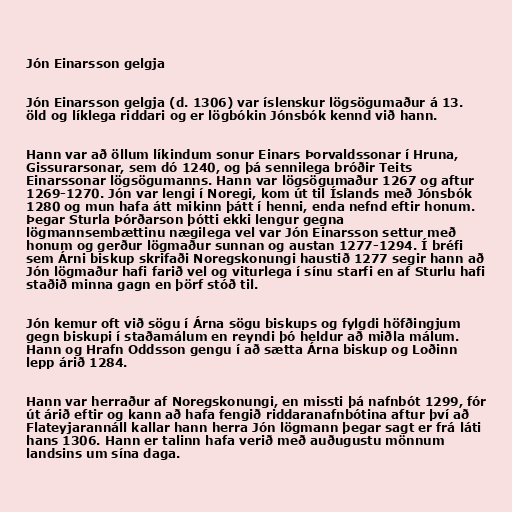
Jón Einarsson gelgja

Jón Einarsson gelgja (d. 1306) var íslenskur lögsögumaður á 13.
öld og líklega riddari og er lögbókin Jónsbók kennd við hann.

Hann var að öllum líkindum sonur Einars Þorvaldssonar í Hruna,
Gissurarsonar, sem dó 1240, og þá sennilega bróðir Teits
Einarssonar lögsögumanns. Hann var lögsögumaður 1267 og aftur
1269-1270. Jón var lengi í Noregi, kom út til Íslands með Jónsbók
1280 og mun hafa átt mikinn þátt í henni, enda nefnd eftir honum.
Þegar Sturla Þórðarson þótti ekki lengur gegna
lögmannsembættinu nægilega vel var Jón Einarsson settur með
honum og gerður lögmaður sunnan og austan 1277-1294. Í bréfi
sem Árni biskup skrifaði Noregskonungi haustið 1277 segir hann að
Jón lögmaður hafi farið vel og viturlega í sínu starfi en af Sturlu hafi
staðið minna gagn en þörf stóð til.

Jón kemur oft við sögu í Árna sögu biskups og fylgdi höfðingjum
gegn biskupi í staðamálum en reyndi þó heldur að miðla málum.
Hann og Hrafn Oddsson gengu í að sætta Árna biskup og Loðinn
lepp árið 1284.

Hann var herraður af Noregskonungi, en missti þá nafnbót 1299, fór
út árið eftir og kann að hafa fengið riddaranafnbótina aftur því að
Flateyjarannáll kallar hann herra Jón lögmann þegar sagt er frá láti
hans 1306. Hann er talinn hafa verið með auðugustu mönnum
landsins um sína daga.